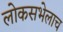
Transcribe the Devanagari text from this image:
लोकसभेलाच